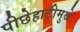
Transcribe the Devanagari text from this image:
पीछेहाटीमुळे